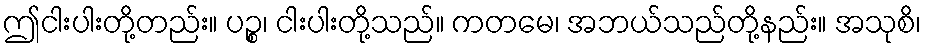
ဤငါးပါးတို့တည်း။ ပဉ္စ၊ ငါးပါးတို့သည်။ ကတမေ၊ အဘယ်သည်တို့နည်း။ အသုစိ၊